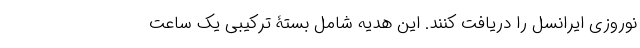
نوروزی ایرانسل را دریافت کنند. این هدیه شامل بستۀ ترکیبی یک ساعت